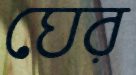
ঘের